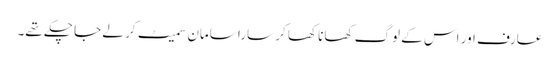
عارف اور اس کے لوگ کھانا کھا کر سارا سامان سمیٹ کر لے جا چکے تھے۔